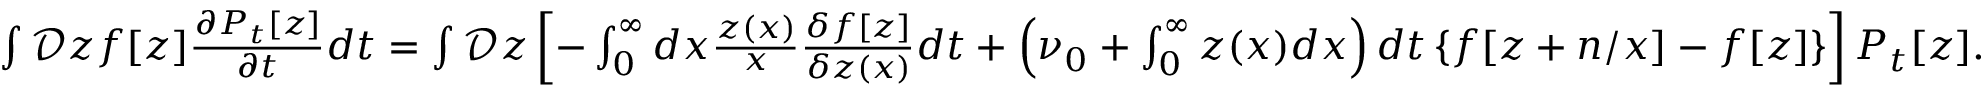
\begin{array} { r } { \int \mathcal { D } z f [ z ] \frac { \partial P _ { t } [ z ] } { \partial t } d t = \int \mathcal { D } z \left[ - \int _ { 0 } ^ { \infty } d x \frac { z ( x ) } { x } \frac { \delta f [ z ] } { \delta z ( x ) } d t + \left( \nu _ { 0 } + \int _ { 0 } ^ { \infty } z ( x ) d x \right) d t \left\{ f [ z + n / x ] - f [ z ] \right\} \right] P _ { t } [ z ] . } \end{array}